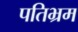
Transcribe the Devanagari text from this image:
पतिभ्रम